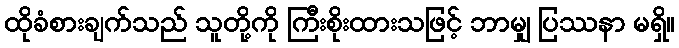
ထိုခံစားချက်သည် သူတို့ကို ကြီးစိုးထားသဖြင့် ဘာမျှ ပြဿနာ မရှိ။